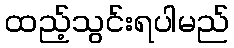
ထည့်သွင်းရပါမည်